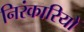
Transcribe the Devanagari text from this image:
निरंकारियों